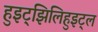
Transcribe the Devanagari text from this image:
हुइट्झिलिहुइट्ल